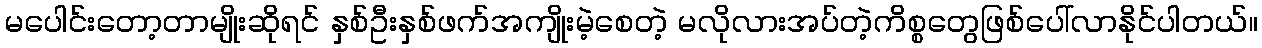
မပေါင်းတော့တာမျိုးဆိုရင် နှစ်ဦးနှစ်ဖက်အကျိုးမဲ့စေတဲ့ မလိုလားအပ်တဲ့ကိစ္စတွေဖြစ်ပေါ်လာနိုင်ပါတယ်။